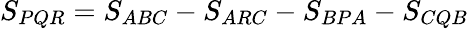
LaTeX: \displaystyle S_{PQR}=S_{ABC}-S_{ARC}-S_{BPA}-S_{CQB}